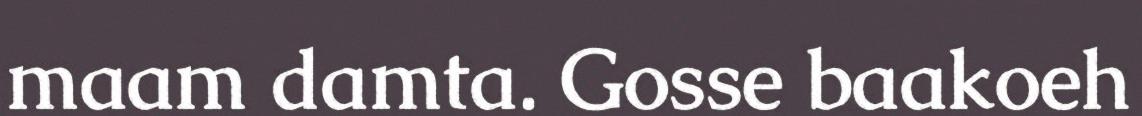
maam damta. Gosse baakoeh